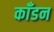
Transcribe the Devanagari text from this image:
काँडन